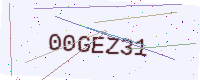
Text: 00GEZ31